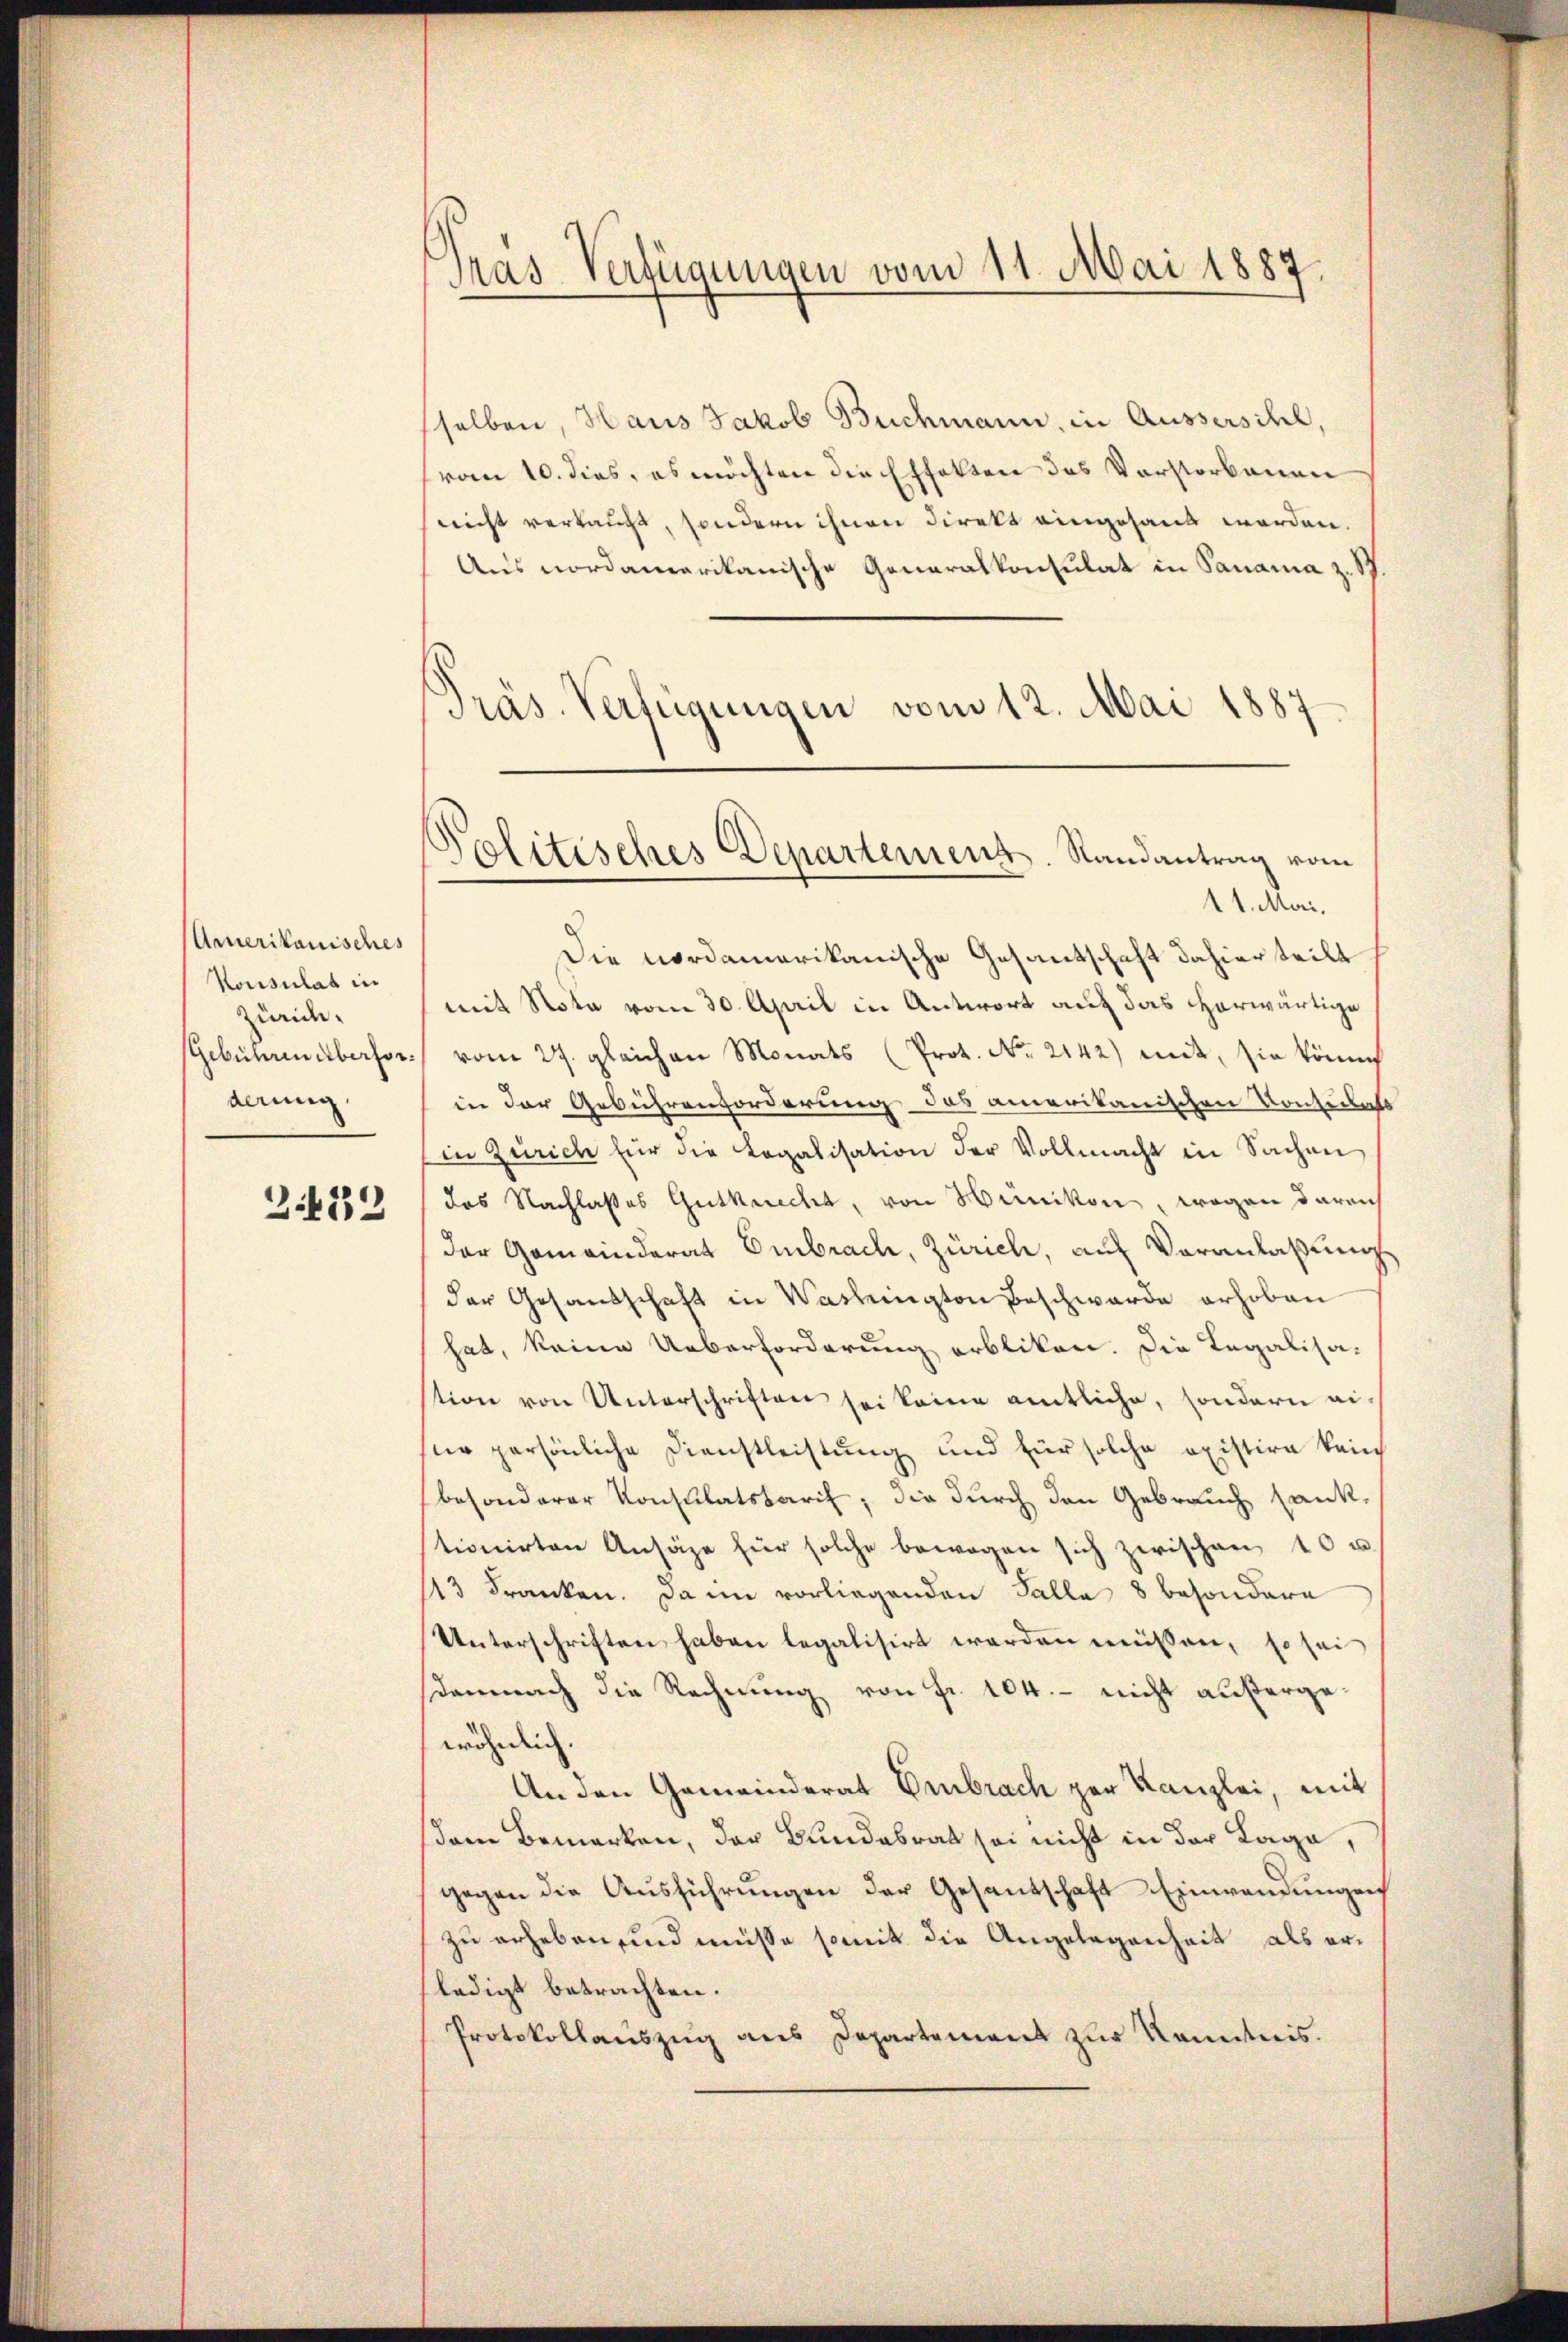
Amerikanisches
Konsulat in
Zürich.
Gebühren überforderung

3.439

Pras Verfügungen vom 11. Mai 1887.

selben, Haus Jakob Buchmann, in Aussersihl,
vom 10. dies, es möchten die Effekten des Vorstorbenen
nicht verkauft, sondern ihnen Direkt eingesand worden.
Aus nordamerikanische Generalkonsulat in Panama z. S
Präs. Verfügungen vom 12. Mai 1887

Politisches Departement. Randantrag vom
11. Mai,

Die nordamerikanische Gesantschaft dahier teilt
mit Nota vom 30. April in Antwort auf das Harwärtige
vom 27. gleichen Monats (Prot. No. 2142) mit, sie könnt
in der Gebührenforderung das amerikanischen Konseilets
in Zürich für die Legalisation der Vollmacht in Sachen
das Nachlasses Gutknecht, von Hünikon, wegen darauf
der Gemeinderat Embrach, Zürich, auf Veranlaßung
der Gesandschaft in Washington Beschwerde erhoben
hat, keine Ueberforderung erbliken. Die Legalisa-
tion von Unterschriften sei keine amtliche, sondern ei
ne persönliche Dienstleistung und für solche existire kein
besonderer Konsulatsbaris, die durch den Gebrauch sank.
tionirten Ansähe für solche bewogen sich zwischen 10 u.
13 Franken. Da im vorliegenden Talla 8 besondere
Unterschriften haben legalisirt werden müssen, so sei
demnach die Rechnung von Fr. 104. - nicht außergewöhnlich.
An den Gemeinderat Embrach zur Kanzlei, mit
sdem Bemerken, der Bundesrat sei nicht in der Lage,
gegen die Ausführungen der Gesantschaft Einwendungen
zu erheben, und müsse somit die Angelegenheit als erledigt betrachten.
Protokollauszug aus Departement zur Kenntnis.